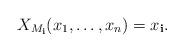
LaTeX: \begin{align*}X_{M_\mathbf i}(x_1, \dots, x_n) = x_\mathbf i.\end{align*}